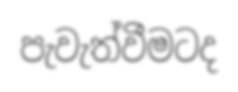
පැවැත්වීමටද